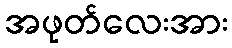
အဖုတ်လေးအား